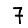
Digit: 7